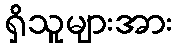
ရှိသူများအား